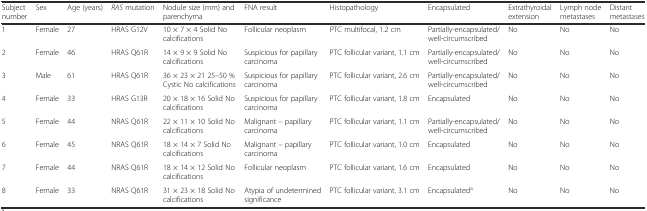
<table><thead><tr><td><b>Subject number</b></td><td><b>Sex</b></td><td><b>Age (years)</b></td><td><b><i>RAS</i> mutation</b></td><td><b>Nodule size (mm) and parenchyma</b></td><td><b>FNA result</b></td><td><b>Histopathology</b></td><td><b>Encapsulated</b></td><td><b>Extrathyroidal extension</b></td><td><b>Lymph node metastases</b></td><td><b>Distant metastases</b></td></tr></thead><tbody><tr><td>1</td><td>Female</td><td>27</td><td>HRAS G12V</td><td>10 × 7 × 4 Solid No calcifications</td><td>Follicular neoplasm</td><td>PTC multifocal, 1.2 cm</td><td>Partially-encapsulated/well-circumscribed</td><td>No</td><td>No</td><td>No</td></tr><tr><td>2</td><td>Female</td><td>46</td><td>HRAS Q61R</td><td>14 × 9 × 9 Solid No calcifications</td><td>Suspicious for papillary carcinoma</td><td>PTC follicular variant, 1.1 cm</td><td>Partially-encapsulated/well-circumscribed</td><td>No</td><td>No</td><td>No</td></tr><tr><td>3</td><td>Male</td><td>61</td><td>HRAS Q61R</td><td>36 × 23 × 21 25–50 % Cystic No calcifications</td><td>Suspicious for papillary carcinoma</td><td>PTC follicular variant, 2.6 cm</td><td>Partially-encapsulated/well-circumscribed</td><td>No</td><td>No</td><td>No</td></tr><tr><td>4</td><td>Female</td><td>33</td><td>HRAS G13R</td><td>20 × 18 × 16 Solid No calcifications</td><td>Suspicious for papillary carcinoma</td><td>PTC follicular variant, 1.8 cm</td><td>Encapsulated</td><td>No</td><td>No</td><td>No</td></tr><tr><td>5</td><td>Female</td><td>44</td><td>NRAS Q61R</td><td>22 × 11 × 10 Solid No calcifications</td><td>Malignant – papillary carcinoma</td><td>PTC follicular variant, 1.1 cm</td><td>Partially-encapsulated/well-circumscribed</td><td>No</td><td>No</td><td>No</td></tr><tr><td>6</td><td>Female</td><td>45</td><td>NRAS Q61R</td><td>18 × 14 × 7 Solid No calcifications</td><td>Malignant – papillary carcinoma</td><td>PTC follicular variant, 1.0 cm</td><td>Encapsulated</td><td>No</td><td>No</td><td>No</td></tr><tr><td>7</td><td>Female</td><td>44</td><td>NRAS Q61R</td><td>18 × 14 × 12 Solid No calcifications</td><td>Follicular neoplasm</td><td>PTC follicular variant, 1.6 cm</td><td>Encapsulated</td><td>No</td><td>No</td><td>No</td></tr><tr><td>8</td><td>Female</td><td>33</td><td>NRAS Q61R</td><td>31 × 23 × 18 Solid No calcifications</td><td>Atypia of undetermined significance</td><td>PTC follicular variant, 3.1 cm</td><td>Encapsulated<sup>a</sup></td><td>No</td><td>No</td><td>No</td></tr></tbody></table>